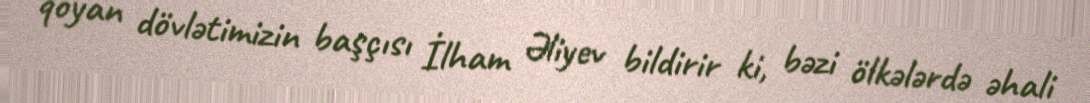
qoyan dövlətimizin başçısı İlham Əliyev bildirir ki, bəzi ölkələrdə əhali